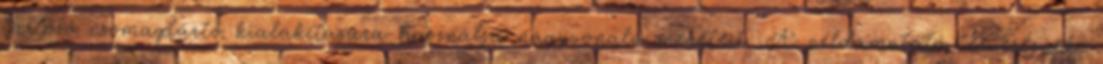
tartozó csomagtartó kialakítására használja nagyvonalú méreteit. A példamutató tervezésnek,